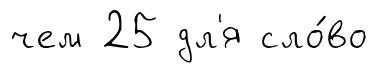
чем 25 дл'я сло́во